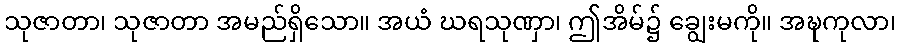
သုဇာတာ၊ သုဇာတာ အမည်ရှိသော။ အယံ ဃရသုဏှာ၊ ဤအိမ်၌ ချွေးမကို။ အဍ္ဎကုလာ၊